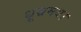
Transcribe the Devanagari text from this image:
धूम्रमय।